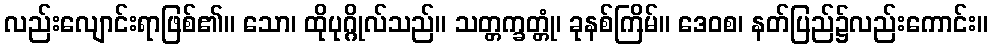
လည်းလျောင်းရာဖြစ်၏။ သော၊ ထိုပုဂ္ဂိုလ်သည်။ သတ္တက္ခတ္တုံ၊ ခုနစ်ကြိမ်။ ဒေဝစ၊ နတ်ပြည်၌လည်းကောင်း။